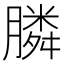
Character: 膦